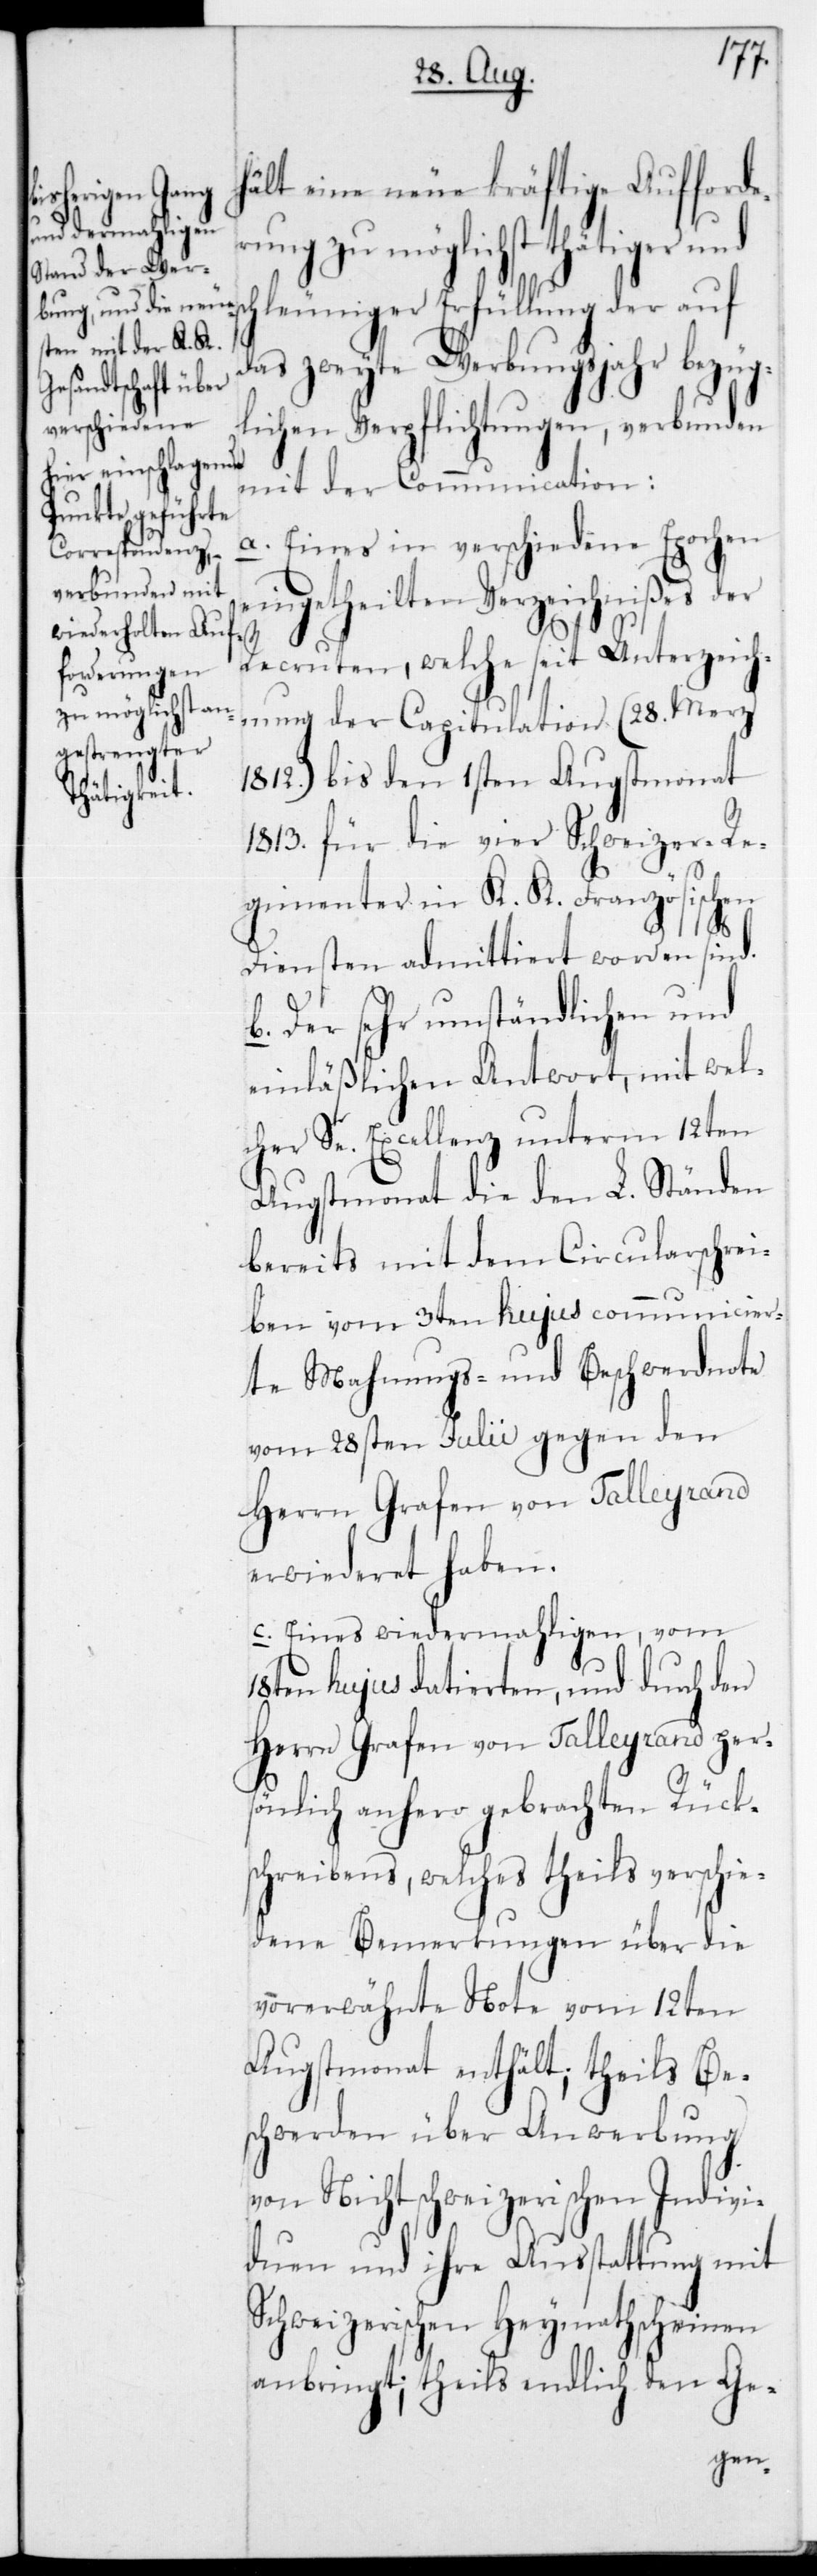
hält eine neue kräftige Aufforde¬
rung zu möglichst thätiger und
hleuniger Erfüllung der auf
das zweyte Werbungsjahr bezüg¬
lichen Verpflichtungen, verbunden
mit der Communication:
a. Eines in verschiede Epochen
eingetheilten Verzeichnißes der
sc¬
Recruten, welche seit Unterzeich¬
nung der Capitulation (28. Merz
1812) bis den 1sten Augstmonat
1813 für die vier Schweizer-Re¬
gimenter in K. K. Französischen
Diensten admittiert worden sind.
b. Der sehr umständlichen und
einläßlichen Antwort, mit wel¬
cher Se. Excelllenz unterm 12ten
Augstmonat die den L. Ständen
bereits mit dem Circularschrei¬
ben vom 3ten hujus communicier¬
te Mahnungs- und Beschwerdnote
vom 28sten Julii gegen den
Herrn Grafen von Talleyrand
erwideret haben.
c. Eines wiedermahligen, vom
18ten hujus datierten, und durch den
Herrn Grafen von Talleyrand per¬
sönlich anhero gebrachten Rücks¬
chreibens, welches theils verschie¬
dene Bemerkungen über die
vorerwähnte Note vom 12ten
Augstmonat enthält; theils Be¬
schwerden über Anwerbung
von Nichtschweizerischen Indivi¬
duen und ihre Ausstattung mit
Schweizerischen Heymathscheinen
anbringt; theils endlich den Ge-